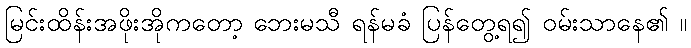
မြင်းထိန်းအဖိုးအိုကတော့ ဘေးမသီ ရန်မခံ ပြန်တွေ့ရ၍ ဝမ်းသာနေ၏ ။